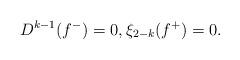
LaTeX: \begin{align*} D^{k-1}(f^{-})=0, \xi_{2-k}(f^{+})=0. \end{align*}